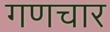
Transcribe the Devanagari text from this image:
गणचार